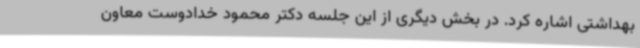
بهداشتی اشاره کرد. در بخش دیگری از این جلسه دکتر محمود خدادوست معاون